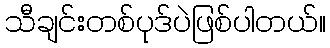
သီချင်းတစ်ပုဒ်ပဲဖြစ်ပါတယ်။